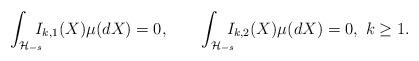
LaTeX: \begin{align*}\int_{\mathcal{H}_{-s}}\!\!\!\!I_{k,1}(X)\mu(dX)=0,\qquad\int_{\mathcal{H}_{-s}}\!\!\!\!I_{k,2}(X)\mu(dX)=0,\ k\geq 1.\end{align*}